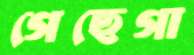
গেছেগা